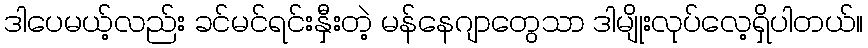
ဒါပေမယ့်လည်း ခင်မင်ရင်းနှီးတဲ့ မန်နေဂျာတွေသာ ဒါမျိုးလုပ်လေ့ရှိပါတယ်။